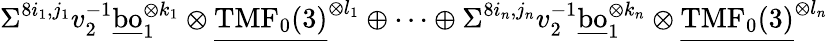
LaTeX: \Sigma^{8i_{1},j_{1}}v_{2}^{-1}\underline{{\mathrm{bo}}}_{1}^{\otimes{k_{1}}}\otimes\underline{{\mathrm{TMF}_{0}(3)}}^{\otimes l_{1}}\oplus\cdots\oplus\Sigma^{8i_{n},j_{n}}v_{2}^{-1}\underline{{\mathrm{bo}}}_{1}^{\otimes{k_{n}}}\otimes\underline{{\mathrm{TMF}_{0}(3)}}^{\otimes l_{n}}